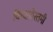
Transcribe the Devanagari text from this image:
कियारोस्तमी